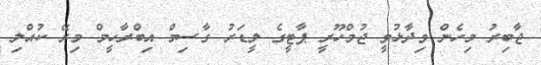
ޖާބިރު މިހެން ވިދާޅުވީ ޖުމްހޫރީ ޕާޓީގެ ލީޑަރު ގާސިމް އިބްރާހީމް މިރޭ ކުއްލި